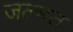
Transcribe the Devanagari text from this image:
जल्मत